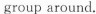
group around.